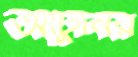
আঁটুনির